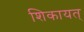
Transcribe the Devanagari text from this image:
शिकायत्